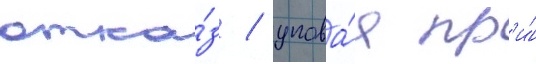
отка́з / упова́я пр'и́